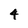
Character: 4